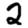
Digit: 2